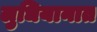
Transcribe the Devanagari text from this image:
लुधियानात